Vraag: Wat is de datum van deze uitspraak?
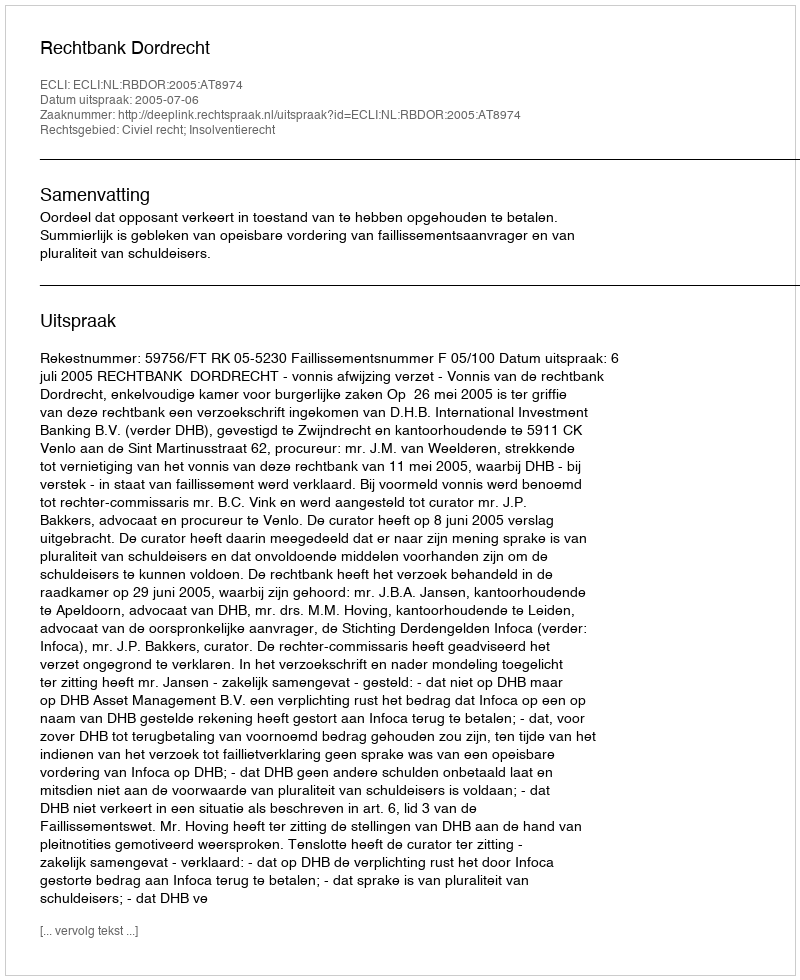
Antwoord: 2005-07-06